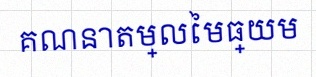
គណនាតម្លៃមធ្យម